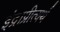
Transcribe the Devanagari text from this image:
इंद्राप्रीत्यर्थ